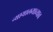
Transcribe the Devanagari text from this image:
न्यायालयाच्याच